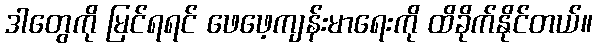
ဒါတွေကို မြင်ရရင် ဖေဖေ့ကျန်းမာရေးကို ထိခိုက်နိုင်တယ်။